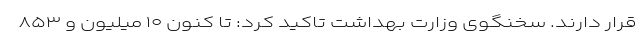
قرار دارند. سخنگوی وزارت بهداشت تاکید کرد: تا کنون ۱۰ میلیون و ۸۵۳